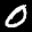
Label: 0